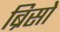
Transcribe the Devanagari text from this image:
ब्रिसो